Cholera in southern India
Disease focus: Cholera
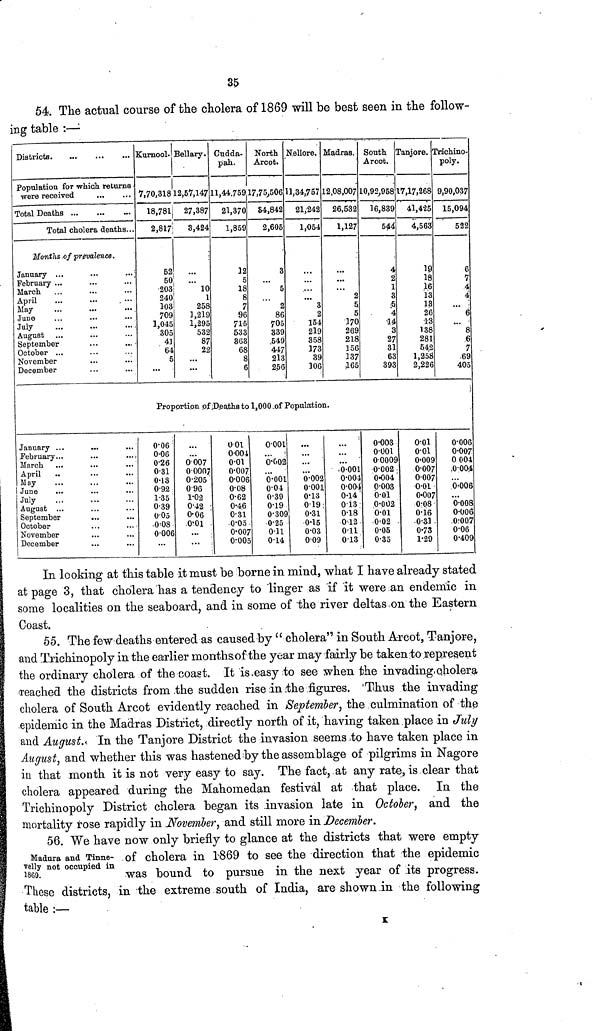
35
54. The actual course of the cholera of 1869 will be best seen in the follow-
ing table :—
Districts.
... ...
...
Population for which returns.
were received ...
Total Deaths ... ...
...
...
Total cholera deaths...
Months of prevalence.
January ...
February ...
March ...
April ...
May ...
June ...
July ...
August ...
September
October ...
November
December
...
...
...
...
...
...
...
...
...
...
...
...
...
...
...
...
...
...
...
...
...
...
...
...
Kurnool.
7,70,318
18,781
2,817
52
50
203
240
103
709
1,045
305
41
64
5
...
Bellary.
12,57,147
27,387
3,424
...
10
1
258
1,219
1,295
532
87
22
...
...
Cudda-
pah.
11,44.759
21,370
1,859
12
5
18
8
7
96
71·5
533
863
68
8
6
North
Arcot.
17,75,506
84,842
2,605
3
...
5
...
2
86
705
339
549
447
213
256
Nellore.
11,34,757
21,242
1,054
...
...
...
... 3
2
154
219
358
173
39
106
Madras.
12,08,007
26,532
1,127
...
...
...
2
5
5
170
269
218
156
137
165
South
Arcot.
10,92,958
16,839
544
4
2
1
3
5
4
14
3
27
31
63
393
Tanjore.
17,17,268
41,425
4,563
19
18
16
13
13
26
13
138
281
542
1,258
2,226
Triehino-
poly.
9,90,037
15,094
522
6
7
4
4
...
6
...
8
6
7
69
405
Proportion of Deaths to 1,000 of Population.
January ...
February...
March ...
April ...
May ...
June ...
July ...
August ...
September
October
November
December
...
...
...
...
...
...
...
...
...
...
...
...
...
...
...
...
...
...
...
...
...
...
...
...
0.06
0.06
0.26
0.31
0.13
0.92
1.35
0.39
0.05
0.08
0.006
...
...
...
0.007
0.0007
0.205
0.96
1.02
0.42
0.06
0.01
...
...
0.01
0.004
0.01
0.007
0.006
0.08
0.62
0.46
0.31
0.05
0.007
0.005
0.001
...
0.002
...
0.001
0.04
0.39
0.19
0.309
0.25
0.11
0.14
...
...
...
...
0.002
0.001
0.13
0.19
0.31
0.15
0.03
0.09
...
...
...
0.001
0.004
0.004
0.14
0.13
0.18
0.12
0.11
0.13
0.003
0.001
0.0009
0.002
0.004
0.003
0.01
0.002
0.01
0.02
0.05
0.35
0.01
0.01
0.009
0.007
0.007
0.01
0.007
0.08
0.16
0.31
0.73
1.29
0.006
0.007
0.004
0.004
...
0.006
...
0.008
0.006
0.007
0.06
0.409
In looking at this table it must be borne in mind, what I have already stated
at page 3, that cholera has a tendency to linger as if it were an endemic in
some localities on the seaboard, and in some of the river deltas on the Eastern
Coast.
55. The few deaths entered as caused by "cholera" in South Arcot, Tanjore,
and Trichinopoly in the earlier months of the year may fairly be taken to represent
the ordinary cholera of the coast. It is easy to see when the invading cholera
reached the districts from the sudden rise in the figures. Thus the invading
cholera of South Arcot evidently reached in September, the culmination of the
epidemic in the Madras District, directly north of it, having taken place in July
and August. In the Tanjore District the invasion seems to have taken place in
August, and whether this was hastened by the assemblage of pilgrims in Nagore
in that month it is not very easy to say. The fact, at any rate, is clear that
cholera appeared during the Mahomedan festival at that place. In the
Trichinopoly District cholera began its invasion late in October, and the
mortality rose rapidly in November, and still more in December.
Madura and Tinne-
velly not occupied in
1869.
56. We have now only briefly to glance at the districts that were empty
of cholera in 1.869 to see the direction that the epidemic
was bound to pursue in the next year of its progress.
These districts, in the extreme south of India, are shown in the following
table :—